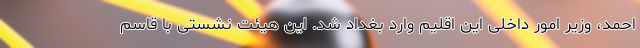
احمد، وزیر امور داخلی این اقلیم وارد بغداد شد. این هیئت نشستی با قاسم